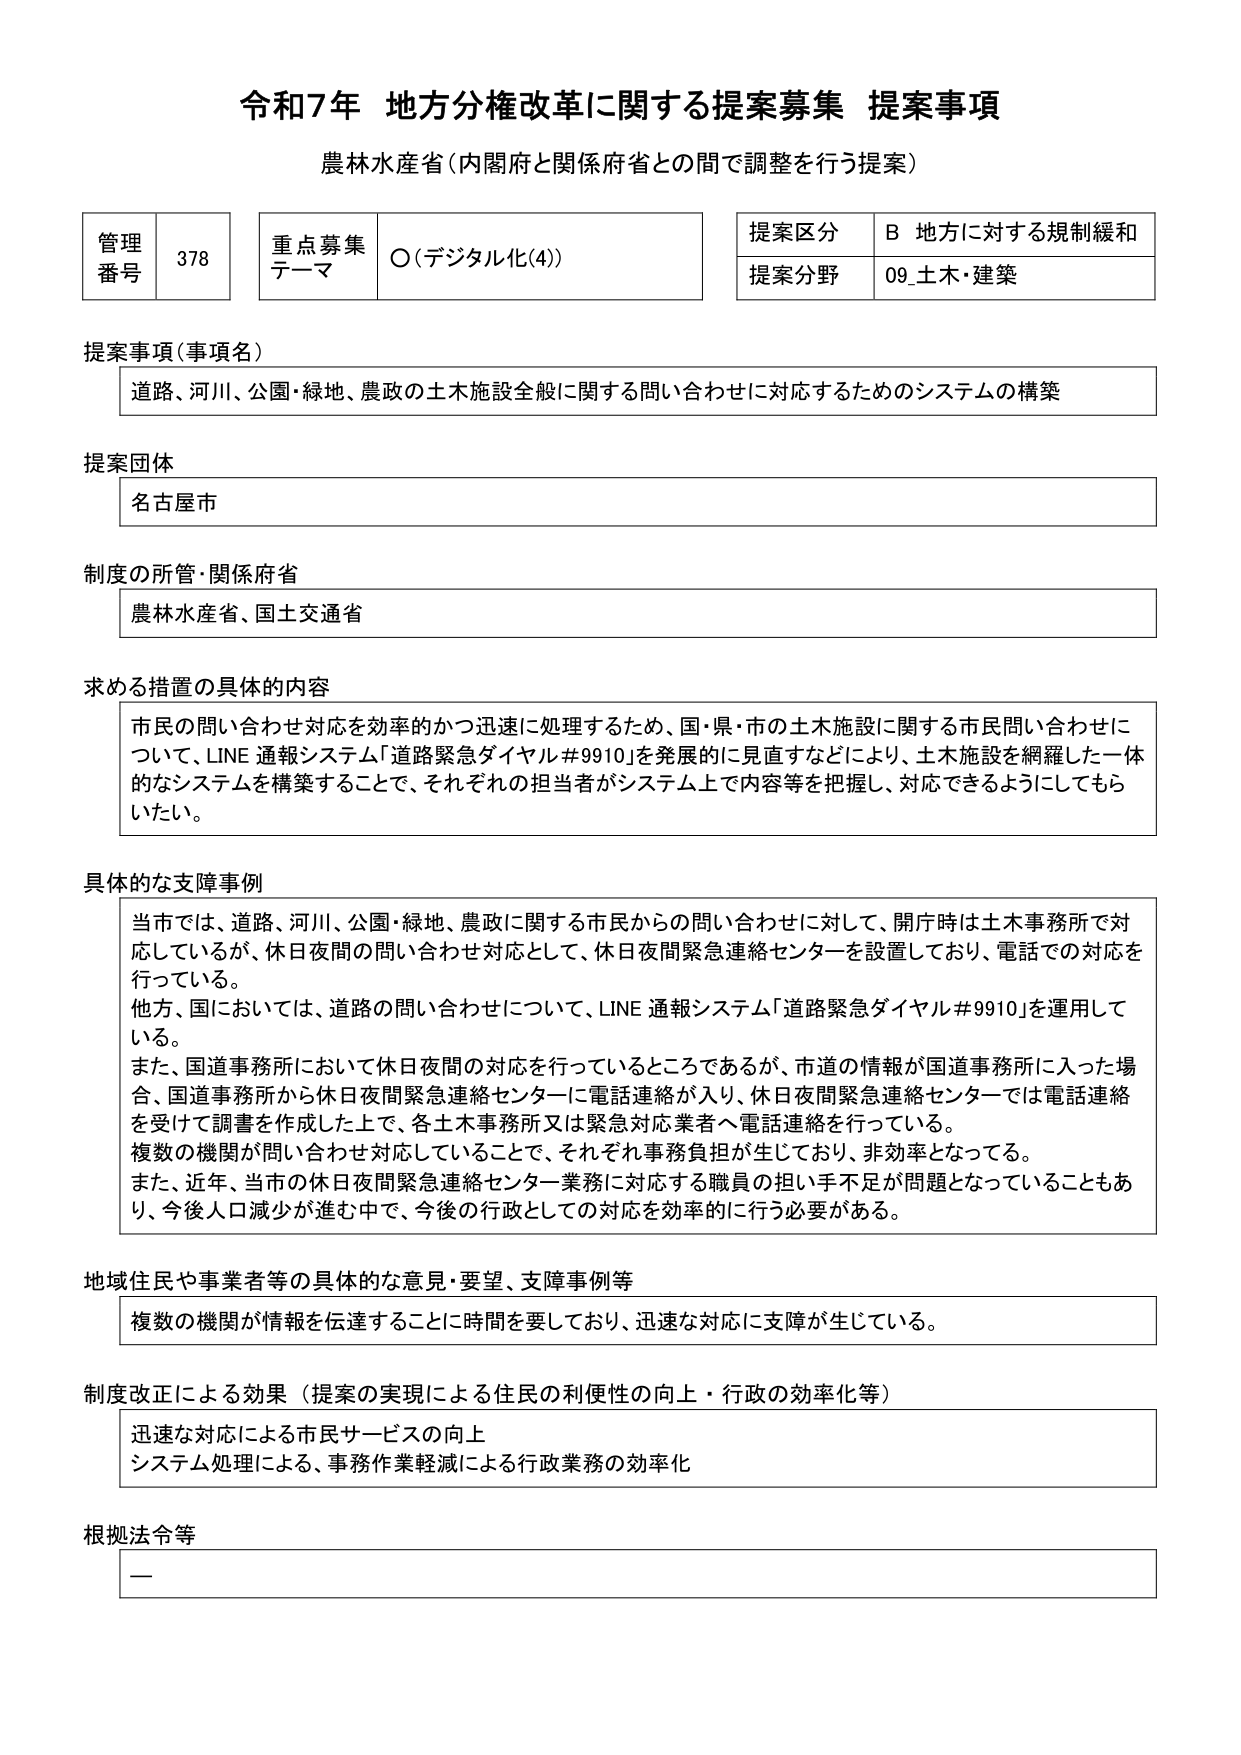
令和7年 地方分権改革に関する提案募集 提案事項
農林水産省（内閣府と関係府省との間で調整を行う提案）

管理番号 378
重点募集テーマ ○（デジタル化(4)）
提案区分 B 地方に対する規制緩和
提案分野 09_土木・建築

提案事項（事項名）
道路、河川、公園・緑地、農政の土木施設全般に関する問い合わせに対応するためのシステムの構築

提案団体
名古屋市

制度の所管・関係府省
農林水産省、国土交通省

求める措置の具体的内容
市民の問い合わせ対応を効率的かつ迅速に処理するため、国・県・市の土木施設に関する市民問い合わせについて、LINE 通報システム「道路緊急ダイヤル＃9910」を発展的に見直すなどにより、土木施設を網羅した一体的なシステムを構築することで、それぞれの担当者がシステム上で内容等を把握し、対応できるようにしてもらいたい。

具体的な支障事例
当市では、道路、河川、公園・緑地、農政に関する市民からの問い合わせに対して、開庁時は土木事務所で対応しているが、休日夜間の問い合わせ対応として、休日夜間緊急連絡センターを設置しており、電話での対応を行っている。
他方、国においては、道路の問い合わせについて、LINE 通報システム「道路緊急ダイヤル＃9910」を運用している。
また、国道事務所において休日夜間の対応を行っているところであるが、市道の情報が国道事務所に入った場合、国道事務所から休日夜間緊急連絡センターに電話連絡が入り、休日夜間緊急連絡センターでは電話連絡を受けて調書を作成した上で、各土木事務所又は緊急対応業者へ電話連絡を行っている。
複数の機関が問い合わせ対応していることで、それぞれ事務負担が生じており、非効率となっている。
また、近年、当市の休日夜間緊急連絡センター業務に対応する職員の担い手不足が問題となっていることもあり、今後人口減少が進む中で、今後の行政としての対応を効率的に行う必要がある。

地域住民や事業者等の具体的な意見・要望、支障事例等
複数の機関が情報を伝達することに時間を要しており、迅速な対応に支障が生じている。

制度改正による効果（提案の実現による住民の利便性の向上・行政の効率化等）
迅速な対応による市民サービスの向上
システム処理による、事務作業軽減による行政業務の効率化

根拠法令等
—